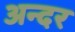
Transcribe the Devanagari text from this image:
अन्दर